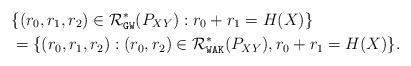
LaTeX: \begin{align*}\lefteqn{ \{ (r_0,r_1,r_2) \in {\cal R}_{\mathtt{GW}}^*(P_{XY}) : r_0 + r_1 = H(X) \} } \\&= \{ (r_0,r_1,r_2) : (r_0,r_2) \in {\cal R}_{\mathtt{WAK}}^*(P_{XY}), r_0 + r_1 = H(X) \}. \end{align*}